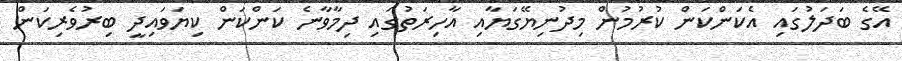
އޭގެ ބަދަލުގައި އެކަންކަން ކުރުމުން މިދުނިޔޭގަޔާއި އާހިރަތުގައި ދިމާވާނެ ކަންކަން ކިޔަވައިދީ ބިރުވެރިކަން